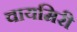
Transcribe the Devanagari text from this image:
वायमिरी